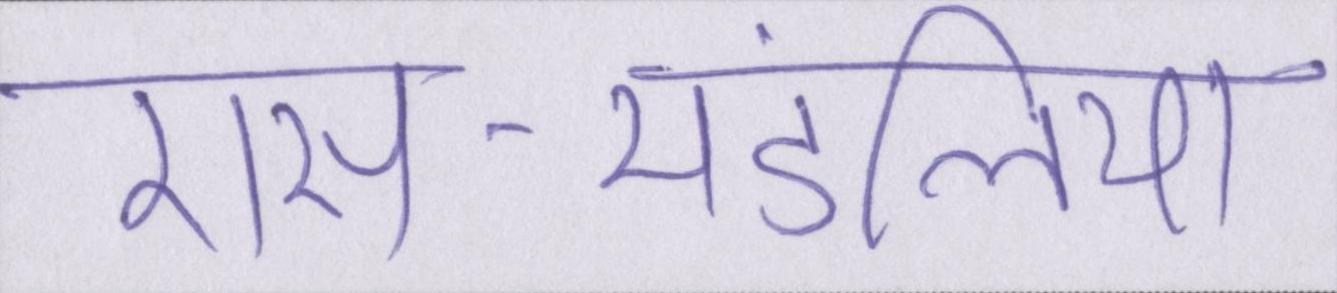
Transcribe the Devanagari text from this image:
रास-मंडलियां